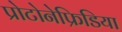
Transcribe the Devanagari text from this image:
प्रोटोनेफ्रिडिया